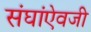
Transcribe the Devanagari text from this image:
संघांऐवजी